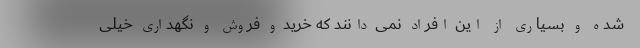
شده و بسیاری از این افراد نمی دانند که خرید و فروش و نگهداری خیلی